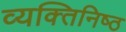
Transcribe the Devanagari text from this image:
व्यक्‍तिनिष्‍ठ